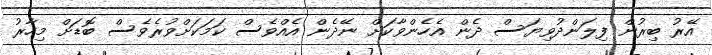
އޭރު ބިރުން ފިލަންދުވިޔަސް ދެން އެހެންވާކަށް ނޭދެން އެއްވެސް ކަމަކަށްވުރެވެސް ބޮޑަށް މިހާރު